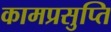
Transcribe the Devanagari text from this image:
कामप्रसुप्ति